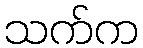
သက်က